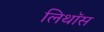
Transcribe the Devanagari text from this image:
लिथॉस